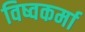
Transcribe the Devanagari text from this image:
विष्वकर्मा